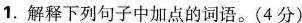
1.解释下列句子中加点的词语。(4分)